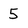
Character: 5